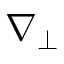
\nabla _ { \perp }